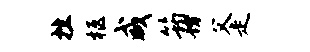
挫柩咸筠坊父走